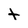
Character: t